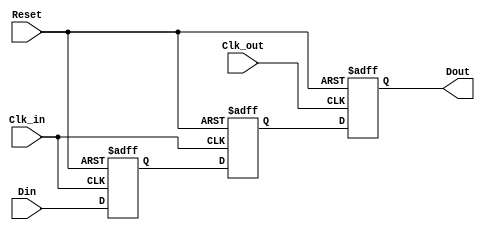
module MemoryBlocksPipelineSynchronizer #(
    parameter DATA_WIDTH = 8,  // Parameter for data width
    parameter STAGES = 2        // Number of flip-flop stages for metastability protection
)(
    input  wire [DATA_WIDTH-1:0] Din,       // Data input
    input  wire Clk_in,                      // Clock input for source domain
    input  wire Clk_out,                     // Clock input for destination domain
    input  wire Reset,                       // Asynchronous reset
    output reg  [DATA_WIDTH-1:0] Dout       // Synchronized data output
);

    // Internal signals for the synchronizer stages
    reg [DATA_WIDTH-1:0] sync_reg [0:STAGES-1];

    // Asynchronous reset logic for the first stage
    always @(posedge Clk_in or posedge Reset) begin
        if (Reset) begin
            sync_reg[0] <= {DATA_WIDTH{1'b0}}; // Reset first stage
        end else begin
            sync_reg[0] <= Din; // Sample data on Clk_in
        end
    end

    // Synchronize data through additional stages
    genvar i;
    generate
        for (i = 1; i < STAGES; i = i + 1) begin : sync_stages
            always @(posedge Clk_in or posedge Reset) begin
                if (Reset) begin
                    sync_reg[i] <= {DATA_WIDTH{1'b0}}; // Reset subsequent stages
                end else begin
                    sync_reg[i] <= sync_reg[i-1]; // Pass data to the next stage
                end
            end
        end
    endgenerate

    // Output logic sampled on the destination clock
    always @(posedge Clk_out or posedge Reset) begin
        if (Reset) begin
            Dout <= {DATA_WIDTH{1'b0}}; // Reset output
        end else begin
            Dout <= sync_reg[STAGES-1]; // Output the last stage data
        end
    end

endmodule